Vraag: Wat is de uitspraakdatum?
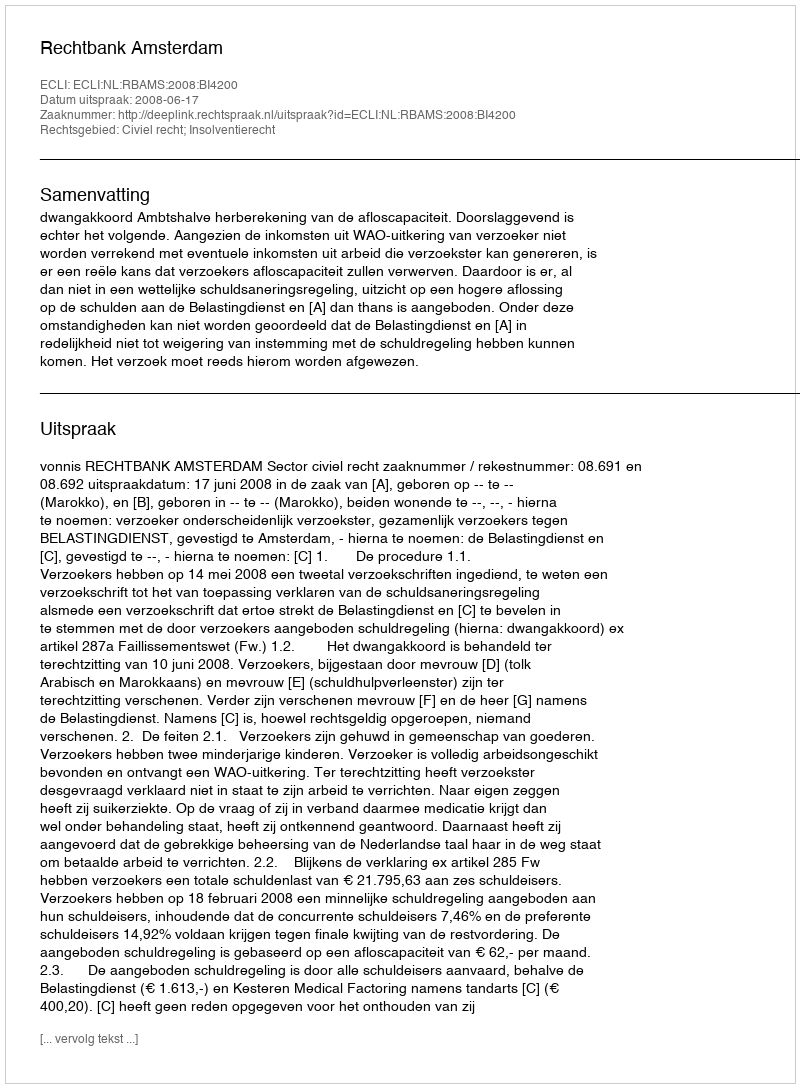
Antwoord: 2008-06-17